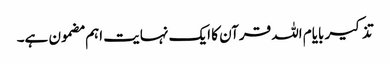
تذکیر بایام اللہ قرآن کا ایک نہایت اہم مضمون ہے۔